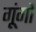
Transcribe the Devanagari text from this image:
गूंगों